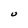
Character: U